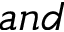
a n d